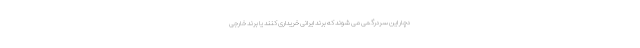
دچار این سردرگمی می شوند که برند ایرانی خریداری کنند یا برند خارجی